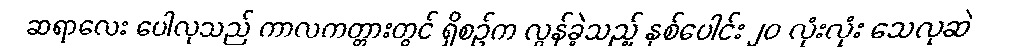
ဆရာလေး ပေါလုသည် ကာလကတ္တားတွင် ရှိစဉ်က လွန်ခဲ့သည့် နှစ်ပေါင်း ၂၀ လုံးလုံး သေလုဆဲ